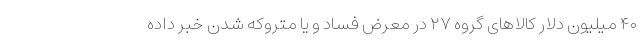
۴۰ میلیون دلار کالاهای گروه ۲۷ در معرض فساد و یا متروکه شدن خبر داده